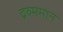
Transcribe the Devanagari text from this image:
द्रव्ममान